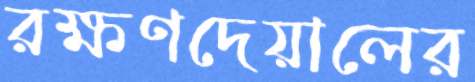
রক্ষণদেয়ালের